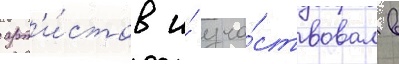
арт'и́стов и́ уча́ствовал в